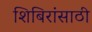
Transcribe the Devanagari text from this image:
शिबिरांसाठी